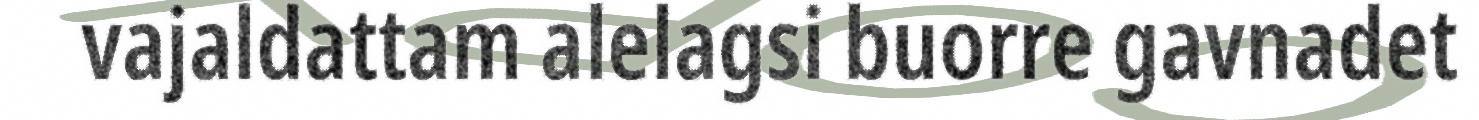
vajaldattam alelagsi buorre gavnadet